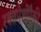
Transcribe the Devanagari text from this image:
रक्तपेशींपैकी